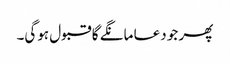
پھر جو دعا مانگے گا قبول ہوگی۔